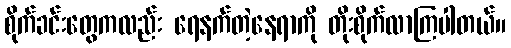
စိုက်ခင်းတွေကလည်း ရေနက်တဲ့နေရာကို တိုးစိုက်လာကြပါတယ်။